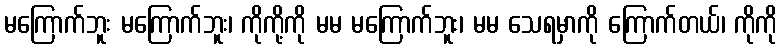
မကြောက်ဘူး မကြောက်ဘူး၊ ကိုကို့ကို မမ မကြောက်ဘူး၊ မမ သေရမှာကို ကြောက်တယ်၊ ကိုကို